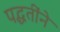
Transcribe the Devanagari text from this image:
पद्धतींने